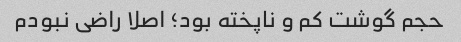
حجم گوشت کم و ناپخته بود؛ اصلا راضی نبودم